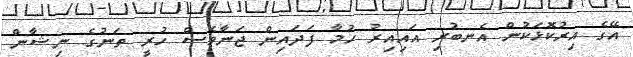
އޭގެ އިރުކޮޅަކުން އެނބުރި އައިއިރު ހުމާ ފަދައިން ޖަނާވެސް ހުރީ ތަނުގެ ނިޝާން